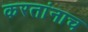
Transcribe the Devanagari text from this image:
करतांनाच